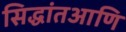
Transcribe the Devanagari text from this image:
सिद्धांतआणि